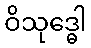
ဝိသုဒ္ဓေါ